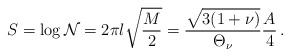
\begin{align*}S=\log {\cal N}=2\pi l\sqrt{\frac{M}{2}}=\frac{\sqrt{3(1+\nu )}}{\Theta _{\nu }}\frac{A}{4}\,.\end{align*}